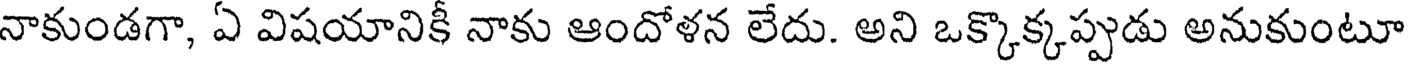
నాకుండగా, ఏ విషయానికీ నాకు ఆందోళన లేదు. అని ఒక్కొక్కప్పుడు అనుకుంటూ